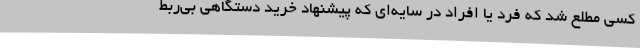
کسی مطلع شد که فرد یا افراد در سایه‌ای که پیشنهاد خرید دستگاهی بی‌ربط